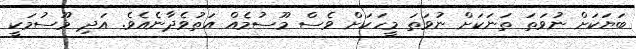
ބަޔަކަށް ނުވަތަ ތަނަކަށް ނުވަތަ މީހަކަށް ވެސް މޫސުމެއް އަތުވެދާނެއެވެ. އަދި މޫސުމަކީ